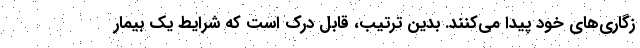
زگاری‌های خود پیدا می‌کنند. بدین ترتیب، قابل درک است که شرایط یک بیمار